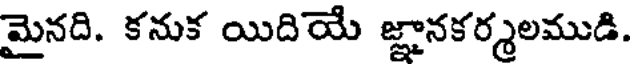
మైనది. కనుక యిదియే జ్ఞానకర్మలముడి.